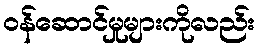
ဝန်ဆောင်မှုများကိုလည်း